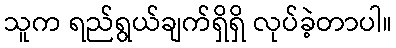
သူက ရည်ရွယ်ချက်ရှိရှိ လုပ်ခဲ့တာပါ။